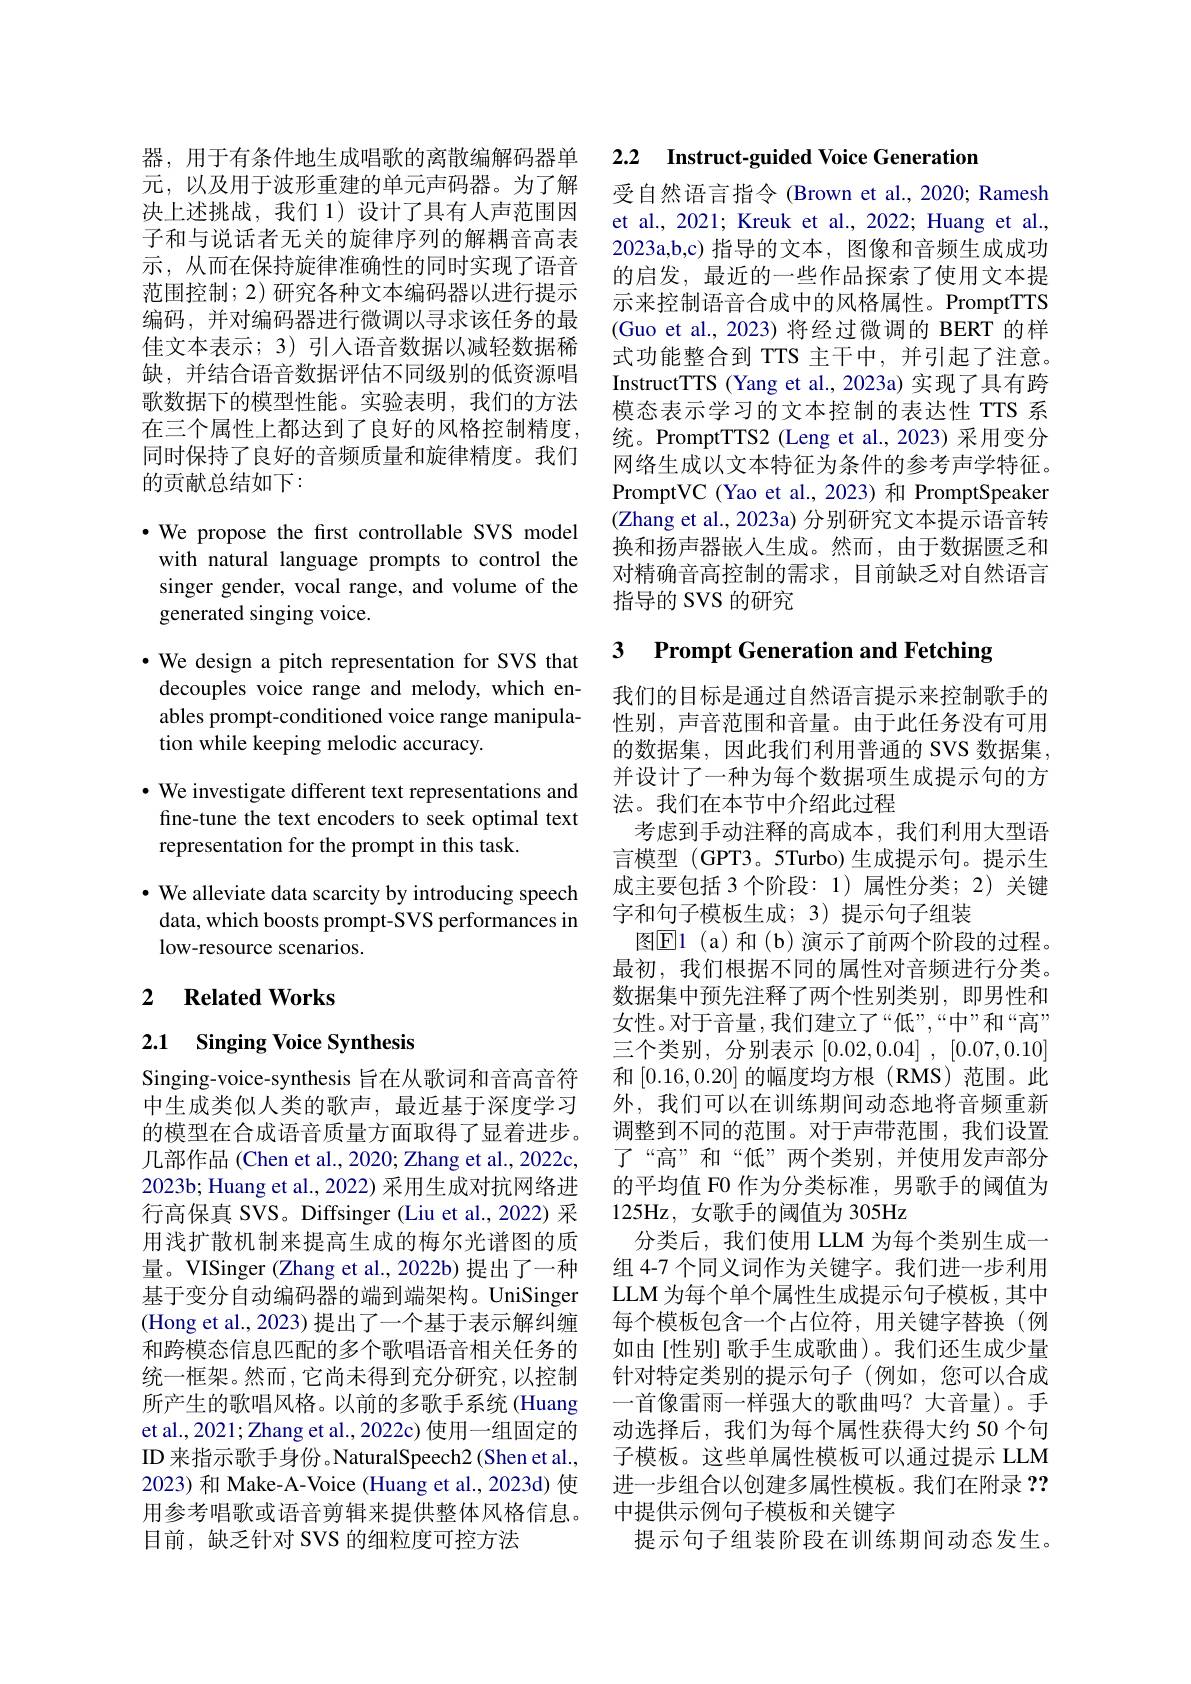
器，用于有条件地生成唱歌的离散编解码器单元，以及用于波形重建的单元声码器。为了解决上述挑战，我们 1)设计了具有人声范围因子和与说话者无关的旋律序列的解耦音高表示，从而在保持旋律准确性的同时实现了语音范围控制；2)研究各种文本编码器以进行提示编码，并对编码器进行微调以寻求该任务的最佳文本表示；3)引入语音数据以减轻数据稀缺，并结合语音数据评估不同级别的低资源唱歌数据下的模型性能。实验表明，我们的方法在三个属性上都达到了良好的风格控制精度， 同时保持了良好的音频质量和旋律精度。我们的贡献总结如下：

$\bullet$ We propose the first controllable SVS model

with natural language prompts to control the singer gender, vocal range, and volume of the generated singing voice.
·We design a pitch representation for SVS that
decouples voice range and melody, which enables prompt-conditioned voice range manipulation while keeping melodic accuracy.
· We investigate different text representations and
fine-tune the text encoders to seek optimal text
representation for the prompt in this task.

$\cdot$ We alleviate data scarcity by introducing speech data, which boosts prompt-SVS performances in low-resource scenarios.

## 2 $\textbf{Related Works}$

# 2.1 Singing Voice Synthesis

几部作品 (Chen et al., 2020; Zhang et al., 2022c, 2023b; Huang et al., 2022) 采用生成对抗网络进用浅扩散机制来提高生成的梅尔光谱图的质量。VISinger (Zhang et al., 2022b) 提出了一种基于变分自动编码器的端到端架构。UniSinger (Hong et al., 2023) 提出了一个基于表示解纠缠和跨模态信息匹配的多个歌唱语音相关任务的统一框架。然而，它尚未得到充分研究，以控制所产生的歌唱风格。以前的多歌手系统 (Huang et al., 2021; Zhang et al., 2022c) 使用一组固定的ID 来指示歌手身份。NaturalSpeech2 (Shen et al., 2023) 和 Make-A-Voice (Huang et al., 2023d) 使用参考唱歌或语音剪辑来提供整体风格信息。目前，缺乏针对 SVS 的细粒度可控方法

2.2 $\textbf{Instruct- guided Voice Generation}$

受自然语言指令 (Brown et al., 2020; Ramesh et al., 2021; Kreuk et al., 2022; Huang et al., 2023a,b,c) 指导的文本，图像和音频生成成功的启发，最近的一些作品探索了使用文本提示来控制语音合成中的风格属性。PromptTTS (Guo et al., 2023)将经过微调的 BERT 的样式功能整合到 TTS 主干中，并引起了注意。InstructTTS (Yang et al., 2023a) 实现了具有跨模态表示学习的文本控制的表达性 TTS 系统。PromptTTS2 (Leng et al.,2023) 采用变分网络生成以文本特征为条件的参考声学特征。PromptVC (Yao et al.,2023) 和 PromptSpeaker (Zhang et al., 2023a) 分别研究文本提示语音转换和扬声器嵌人生成。然而，由于数据匮乏和对精确音高控制的需求，目前缺乏对自然语言指导的 SVS 的研究

# 3 Prompt Generation and Fetching

我们的目标是通过自然语言提示来控制歌手的性别，声音范围和音量。由于此任务没有可用的数据集，因此我们利用普通的 SVS 数据集， 并设计了一种为每个数据项生成提示句的方法。我们在本节中介绍此过程
考虑到手动注释的高成本，我们利用大型语言模型 (GPT3。5Turbo) 生成提示句。提示生成主要包括 3 个阶段：1) 属性分类；2) 关键字和句子模板生成；3)提示句子组装
图$\textcircled{\mathrm{E}}1($a)和(b)演示了前两个阶段的过程。最初，我们根据不同的属性对音频进行分类。数据集中预先注释了两个性别类别，即男性和女性。对于音量，我们建立了“低”,“中”和“高” 三个类别，分别表示[0.02,0.04] , [0.07,0.10]
Singing-voice-synthesis 旨在从歌词和音高音符 和[0.16,0.20]的幅度均方根 (RMS)范围。此中生成类似人类的歌声，最近基于深度学习 外，我们可以在训练期间动态地将音频重新的模型在合成语音质量方面取得了显着进步。调整到不同的范围。对于声带范围，我们设置
了“高”和“低”两个类别，并使用发声部分的平均值 F0 作为分类标准，男歌手的阈值为
行高保真 SVS。Diffsinger (Liu et al., 2022) 采 125Hz, 女歌手的阈值为 305Hz
分类后，我们使用 LLM 为每个类别生成一组 4-7 个同义词作为关键字。我们进一步利用LLM 为每个单个属性生成提示句子模板，其中每个模板包含一个占位符，用关键字替换(例如由[性别]歌手生成歌曲)。我们还生成少量针对特定类别的提示句子(例如，您可以合成一首像雷雨一样强大的歌曲吗？大音量)。手动选择后，我们为每个属性获得大约 50 个句子模板。这些单属性模板可以通过提示 LLM 进一步组合以创建多属性模板。我们在附录？? 中提供示例句子模板和关键字
提示句子组装阶段在训练期间动态发生。